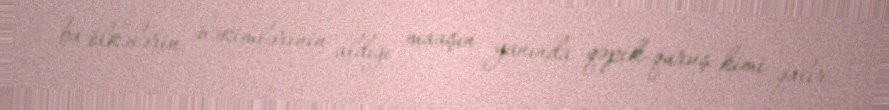
bu ölkələrin həkimlərinin aldığı maaşın yanında qəpik-quruş kimi qalır.